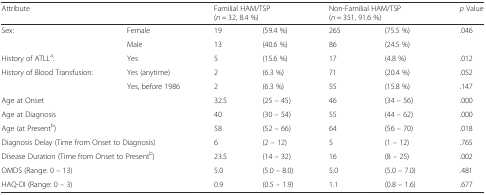
<table><thead><tr><td><b>Attribute</b></td><td></td><td colspan="2"><b>Familial HAM/TSP (<i>n</i> = 32, 8.4 %)</b></td><td colspan="2"><b>Non-Familial HAM/TSP(<i>n</i> = 351, 91.6 %)</b></td><td><b><i>p</i> Value</b></td></tr></thead><tbody><tr><td>Sex:</td><td>Female</td><td>19</td><td>(59.4 %)</td><td>265</td><td>(75.5 %)</td><td rowspan="2">.046</td></tr><tr><td></td><td>Male</td><td>13</td><td>(40.6 %)</td><td>86</td><td>(24.5 %)</td></tr><tr><td>History of ATLL<sup>a</sup>:</td><td>Yes</td><td>5</td><td>(15.6 %)</td><td>17</td><td>(4.8 %)</td><td>.012</td></tr><tr><td rowspan="2">History of Blood Transfusion:</td><td>Yes (anytime)</td><td>2</td><td>(6.3 %)</td><td>71</td><td>(20.4 %)</td><td>.052</td></tr><tr><td>Yes, before 1986</td><td>2</td><td>(6.3 %)</td><td>55</td><td>(15.8 %)</td><td>.147</td></tr><tr><td>Age at Onset</td><td></td><td>32.5</td><td>(25 – 45)</td><td>46</td><td>(34 – 56)</td><td>.000</td></tr><tr><td>Age at Diagnosis</td><td></td><td>40</td><td>(30 – 54)</td><td>55</td><td>(44 – 62)</td><td>.000</td></tr><tr><td>Age (at Present<sup>b</sup>)</td><td></td><td>58</td><td>(52 – 66)</td><td>64</td><td>(56 – 70)</td><td>.018</td></tr><tr><td colspan="2">Diagnosis Delay (Time from Onset to Diagnosis)</td><td>6</td><td>(2 – 12)</td><td>5</td><td>(1 – 12)</td><td>.765</td></tr><tr><td colspan="2">Disease Duration (Time from Onset to Present<sup>b</sup>)</td><td>23.5</td><td>(14 – 32)</td><td>16</td><td>(8 – 25)</td><td>.002</td></tr><tr><td>OMDS (Range: 0 – 13)</td><td></td><td>5.0</td><td>(5.0 – 8.0)</td><td>5.0</td><td>(5.0 – 7.0)</td><td>.481</td></tr><tr><td>HAQ-DI (Range: 0 – 3)</td><td></td><td>0.9</td><td>(0.5 – 1.9)</td><td>1.1</td><td>(0.8 – 1.6)</td><td>.677</td></tr></tbody></table>